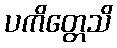
ပကိတ္တေသိ